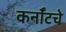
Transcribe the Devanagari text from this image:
कर्नॉटचे